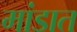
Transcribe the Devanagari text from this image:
मांडात